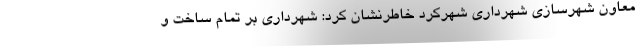
معاون شهرسازی شهرداری شهرکرد خاطرنشان کرد: شهرداری بر تمام ساخت و